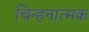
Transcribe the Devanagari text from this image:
चिन्हनात्मक